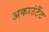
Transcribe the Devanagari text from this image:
अकाउंटैंट